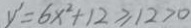
y ^ { \prime } = 6 x ^ { 2 } + 1 2 \geq 1 2 > 0